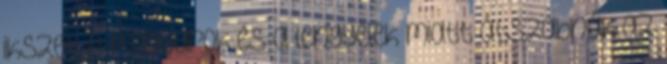
ikszet A magyarok és a lengyelek miatt átszabnák az